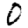
Digit: 0